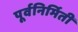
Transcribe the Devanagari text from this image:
पूर्वनिर्मिती